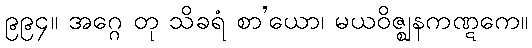
၉၉၄။ အဂ္ဂေ တု သိခရံ စာ’ယော၊ မယဝိဇ္ဈနကဏ္ဋကေ။